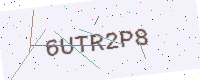
Text: 6UTR2P8